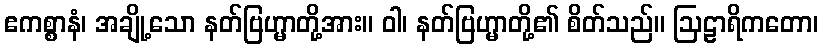
ဧကစ္စာနံ၊ အချို့သော နတ်ဗြဟ္မာတို့အား။ ဝါ၊ နတ်ဗြဟ္မာတို့၏ စိတ်သည်။ ဩဠာရိကတော၊